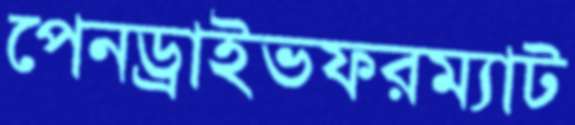
পেনড্রাইভফরম্যাট